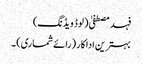
فہد مصطفیٰ (لوڈ ویڈنگ)
بہترین اداکار (رائے شماری) ۔